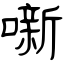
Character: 噺